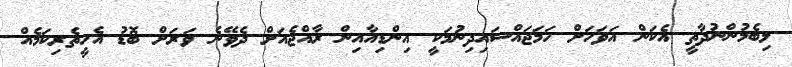
ލިބެމުންނުދާތީ އެކަން އަވަހަށް ހަމަޖައްސައިދިނުމަކީ އިންޑިއާއިން ރާއްޖެއަށް ދެވޭނެ ވަރަށް ބޮޑު އެހީތެރިކަމެއް